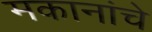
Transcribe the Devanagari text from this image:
मकानांचे